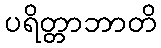
ပရိတ္တာဘာတိ